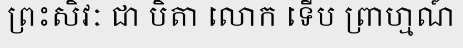
ព្រះសិវៈ ជា បិតា លោក ទើប ព្រាហ្មណ៍